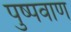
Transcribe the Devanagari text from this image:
पुष्पवाण